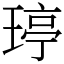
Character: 𤧟